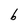
Character: b